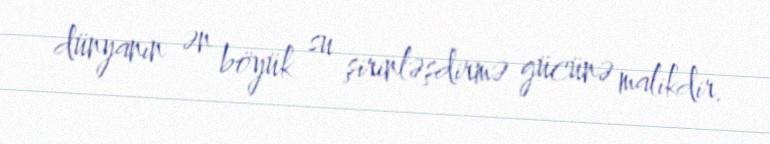
dünyanın ən böyük su şirinləşdirmə gücünə malikdir.